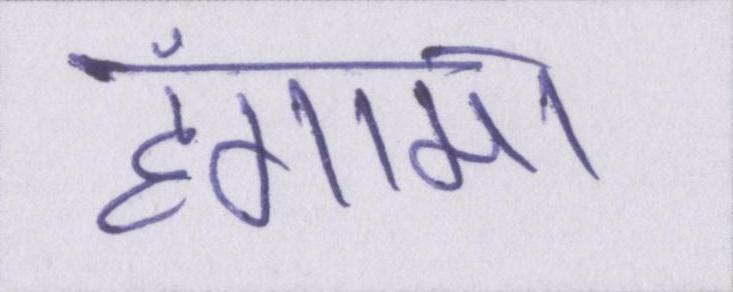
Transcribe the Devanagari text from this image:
हंगामा